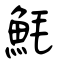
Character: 魹